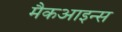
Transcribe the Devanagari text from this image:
मैकआइन्स